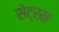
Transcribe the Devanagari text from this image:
सेंट्रम